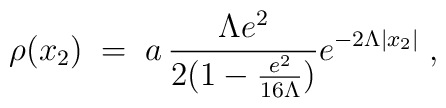
\rho (x_2)\;=\;  a \, \frac{\Lambda e^2}{2(1-\frac{e^2}{16\Lambda})}e^{-2 \Lambda |x_2|}\;,